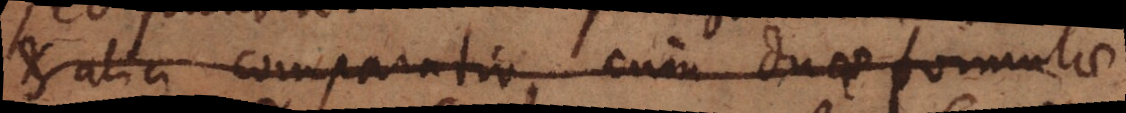
ratio comparatio, cum duae formulis